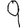
Digit: 9